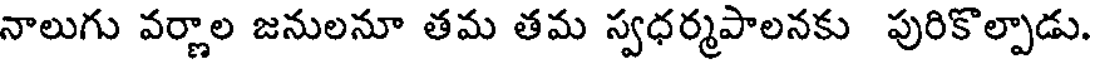
నాలుగు వర్ణాల జనులనూ తమ తమ స్వధర్మపాలనకు పురికొల్పాడు.